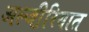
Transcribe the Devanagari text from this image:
अल्जी़रियात